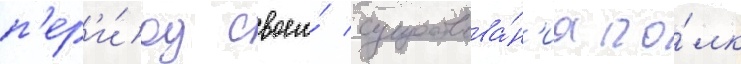
п'ер'и́од своего́ существова́н'иа по́лк